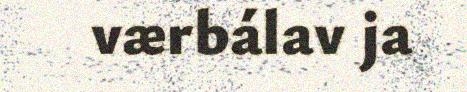
værbálav ja